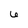
Character: 6